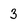
Character: 3